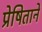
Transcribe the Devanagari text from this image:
प्रेषिताने